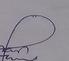
Signature authenticity: genuine